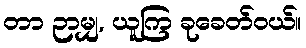
တာ ဉာမျှ, ယူကြ ခုခေတ်ဝယ်။